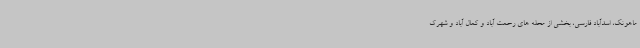
ماهونک، اسدآباد فارسی، بخشی از محله های رحمت آباد و کمال آباد و شهرک